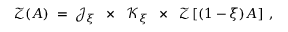
{ \mathcal Z } ( A ) \; = \; { \mathcal J } _ { \xi } \; \; \times \; \; { \mathcal K } _ { \xi } \; \; \times \; \; { \mathcal Z } \left[ ( 1 - \xi ) A \right] \; ,